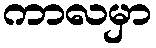
ကာလမှာ